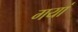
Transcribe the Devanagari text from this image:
गयां